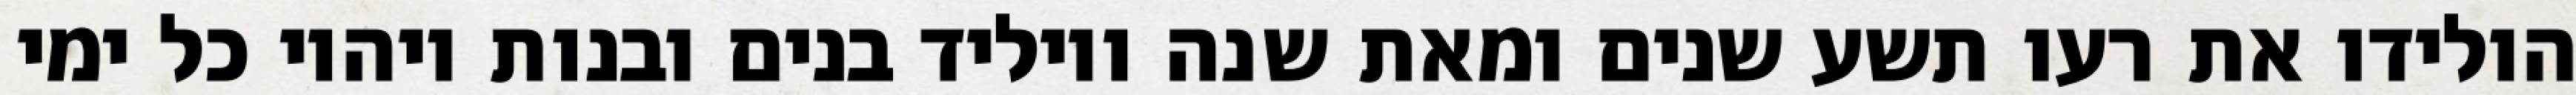
הולידו את רעו תשע שנים ומאת שנה ויוליד בנים ובנות ויהיו כל ימי